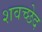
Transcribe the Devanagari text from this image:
शवच्छेद